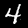
Label: 4